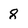
Character: 8